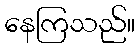
နေကြသည်။